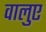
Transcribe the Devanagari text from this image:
वालुए